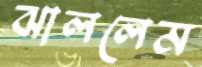
ঝাললেম